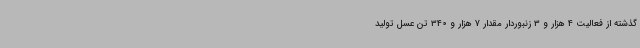
گذشته از فعالیت 4 هزار و 3 زنبوردار مقدار 7 هزار و 340 تن عسل تولید